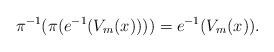
\begin{align*}\pi ^{-1} (\pi ( e^{-1}(V_{m}(x)) )) = e^{-1}(V_{m}(x)).\end{align*}